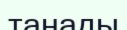
танады